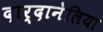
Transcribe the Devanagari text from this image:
दार्दानेलिया